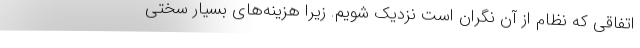
اتفاقی که نظام از آن نگران است نزدیک شویم. زیرا هزینه‌های بسیار سختی